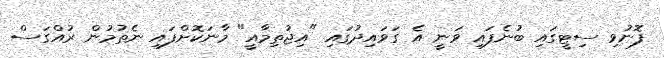
ފޮނުވި ސިޓީގައި ބުނެފައި ވަނީ އެ ގަވައިދުގައި "އިޖުތިމާއީ" މާނަކޮށްފައި ނެތުމުން ރުއްގަސް